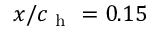
x / c _ { \mathrm { ~ h ~ } } = 0 . 1 5